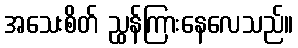
အသေးစိတ် ညွှန်ကြားနေလေသည်။